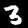
Digit: 3